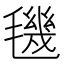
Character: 𣰈